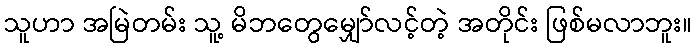
သူဟာ အမြဲတမ်း သူ့ မိဘတွေမျှော်လင့်တဲ့ အတိုင်း ဖြစ်မလာဘူး။